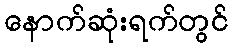
နောက်ဆုံးရက်တွင်